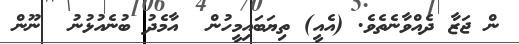
ން ޖަޒާ ދެއްވާނެތެވެ. (އެއީ) ތިޔަބައިމީހުން  އާމެދު ބުނެއުޅުނު  ނޫން